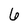
Character: 6